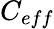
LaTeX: C_{eff}